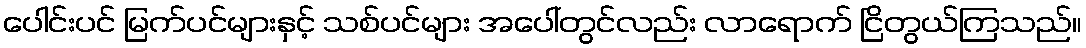
ပေါင်းပင် မြက်ပင်များနှင့် သစ်ပင်များ အပေါ်တွင်လည်း လာရောက် ငြိတွယ်ကြသည်။